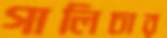
গালিচার